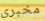
مخبري